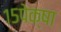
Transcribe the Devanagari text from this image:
१५पेक्षा